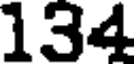
134